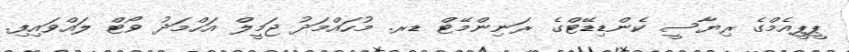
ޕީޕީއެމްގެ ރިޔާސީ ކެންޑިޑޭޓްގެ ރަނިންމޭޓް ޑރ. މުހައްމަދު ޖަމީލް އަހްމަދު ވޯޓް ލައްވައިފި.